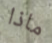
ماذا